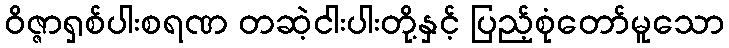
ဝိဇ္ဇာရှစ်ပါးစရဏ တဆဲ့ငါးပါးတို့နှင့် ပြည့်စုံတော်မူသော